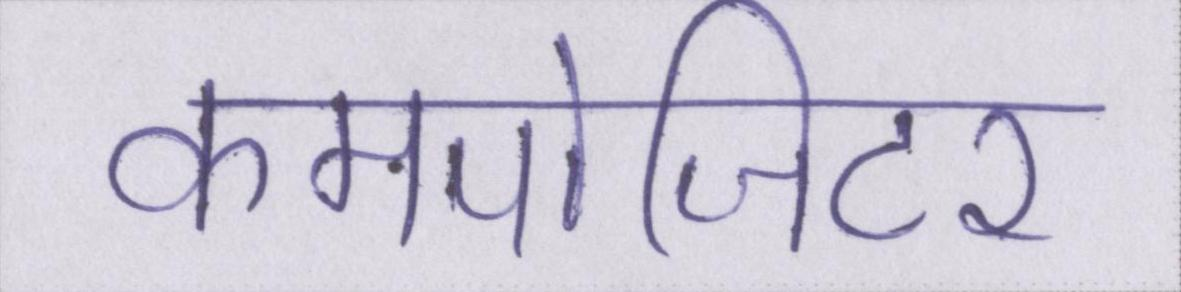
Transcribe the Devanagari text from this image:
कमपोजिटर